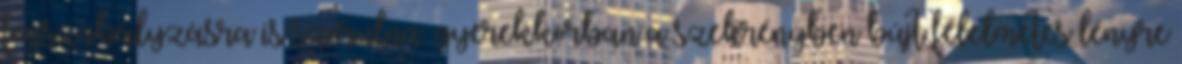
fogszabályzásra is szorulna. gyerekkorban a szekrényben bújt félelmetes lényre